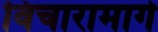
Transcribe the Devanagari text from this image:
विचारामागे